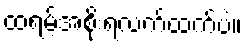
ထရမ့်အစိုးရလက်ထက်ပဲ။